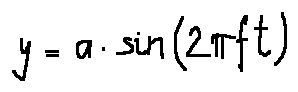
y = a \cdot \sin ( 2 \pi f t )